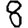
Digit: 8